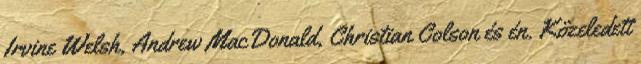
Irvine Welsh, Andrew MacDonald, Christian Colson és én. Közeledett